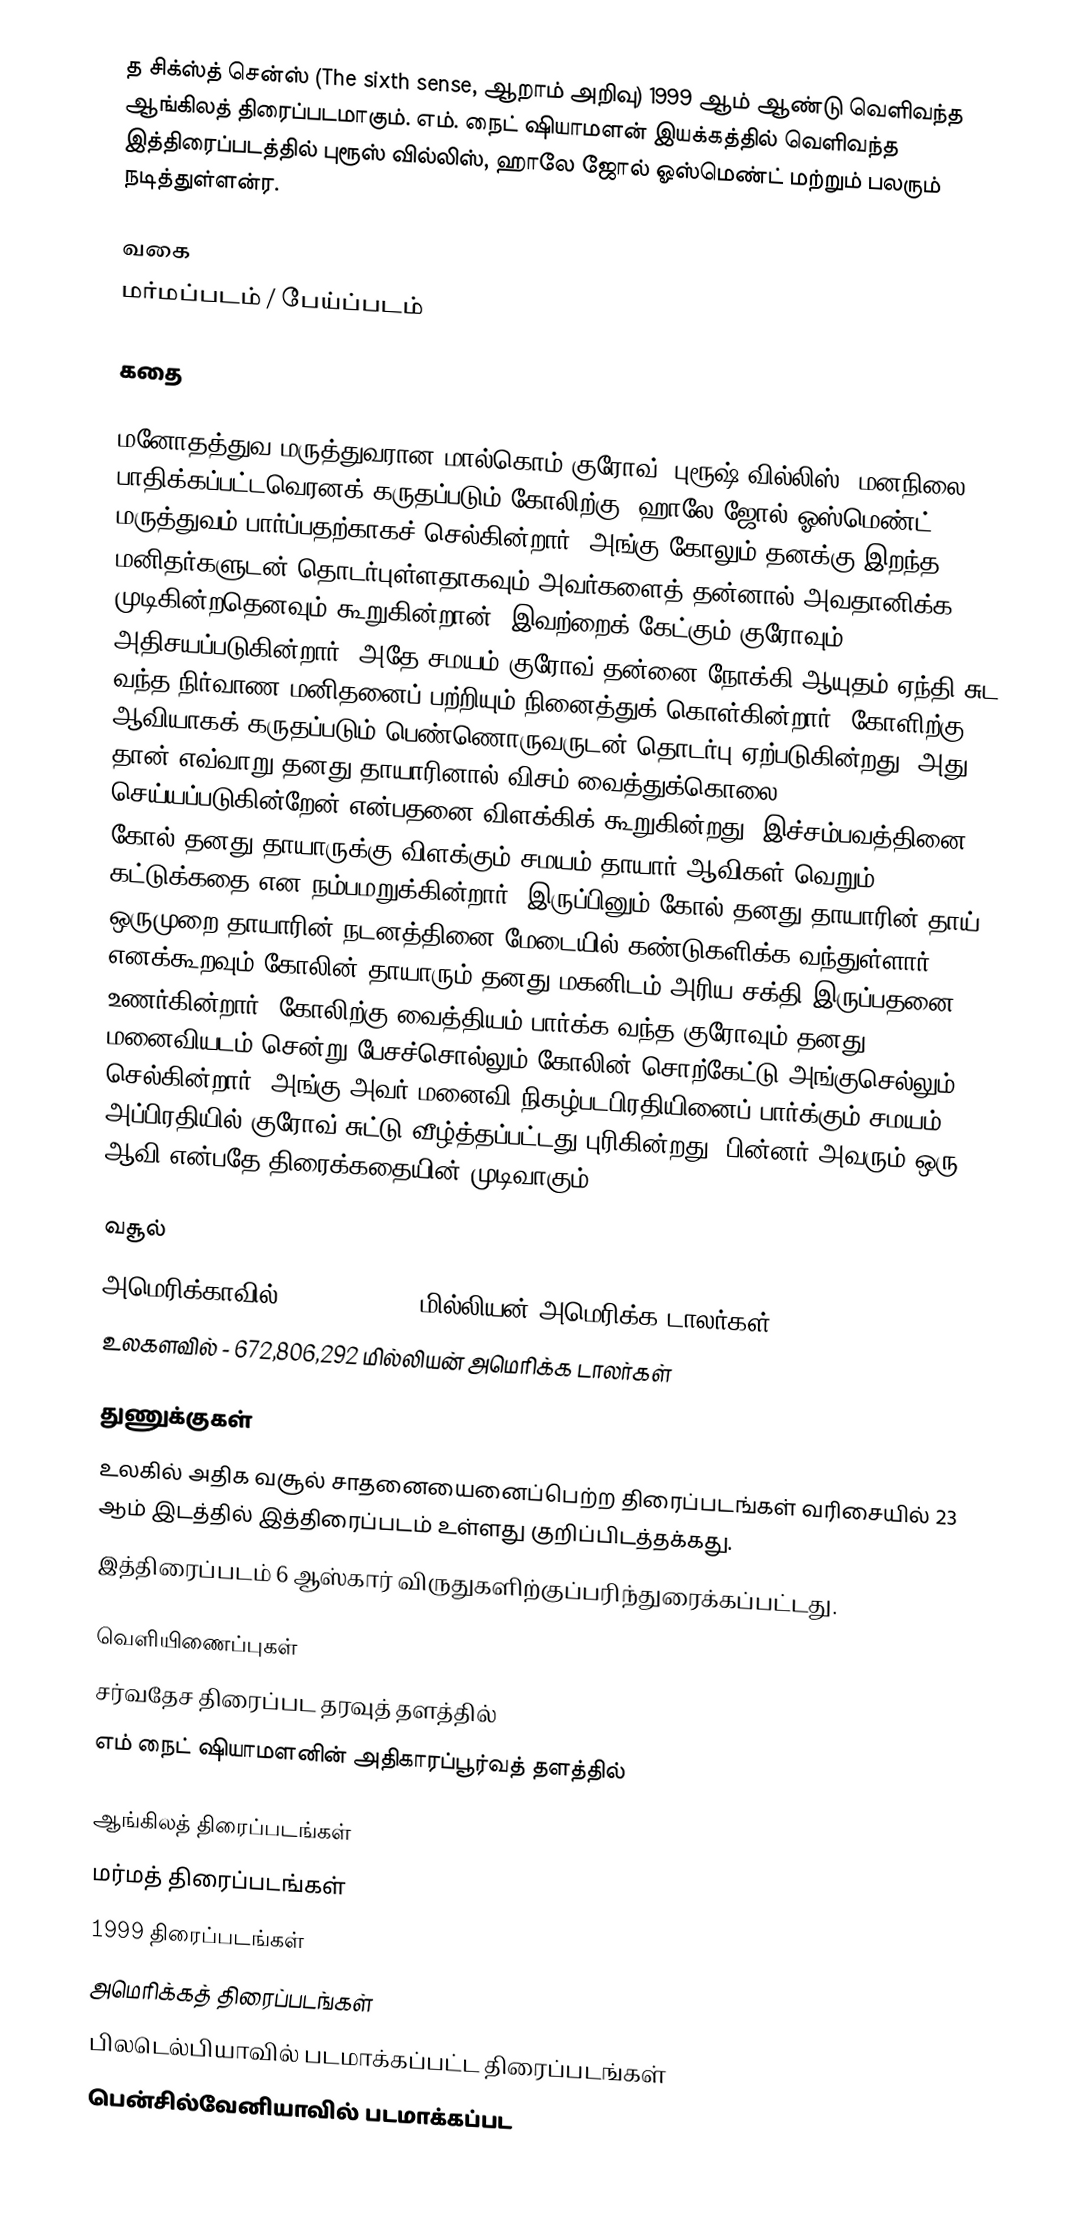
த சிக்ஸ்த் சென்ஸ் (The sixth sense, ஆறாம் அறிவு) 1999 ஆம் ஆண்டு வெளிவந்த ஆங்கிலத் திரைப்படமாகும். எம். நைட் ஷியாமளன் இயக்கத்தில் வெளிவந்த இத்திரைப்படத்தில் புரூஸ் வில்லிஸ், ஹாலே ஜோல் ஓஸ்மெண்ட் மற்றும் பலரும் நடித்துள்ளன்ர.

வகை
மர்மப்படம் / பேய்ப்படம்

கதை

மனோதத்துவ மருத்துவரான மால்கொம் குரோவ் (புரூஷ் வில்லிஸ்) மனநிலை பாதிக்கப்பட்டவெரனக் கருதப்படும் கோலிற்கு (ஹாலே ஜோல் ஓஸ்மெண்ட்) மருத்துவம் பார்ப்பதற்காகச் செல்கின்றார். அங்கு கோலும் தனக்கு இறந்த மனிதர்களுடன் தொடர்புள்ளதாகவும் அவர்களைத் தன்னால் அவதானிக்க முடிகின்றதெனவும் கூறுகின்றான். இவற்றைக் கேட்கும் குரோவும் அதிசயப்படுகின்றார். அதே சமயம் குரோவ் தன்னை நோக்கி ஆயுதம் ஏந்தி சுட வந்த நிர்வாண மனிதனைப் பற்றியும் நினைத்துக் கொள்கின்றார். கோளிற்கு ஆவியாகக் கருதப்படும் பெண்ணொருவருடன் தொடர்பு ஏற்படுகின்றது, அது தான் எவ்வாறு தனது தாயாரினால் விசம் வைத்துக்கொலை செய்யப்படுகின்றேன் என்பதனை விளக்கிக் கூறுகின்றது. இச்சம்பவத்தினை கோல் தனது தாயாருக்கு விளக்கும் சமயம் தாயார் ஆவிகள் வெறும் கட்டுக்கதை என நம்பமறுக்கின்றார். இருப்பினும் கோல் தனது தாயாரின் தாய் ஒருமுறை தாயாரின் நடனத்தினை மேடையில் கண்டுகளிக்க வந்துள்ளார் எனக்கூறவும் கோலின் தாயாரும் தனது மகனிடம் அரிய சக்தி இருப்பதனை உணர்கின்றார். கோலிற்கு வைத்தியம் பார்க்க வந்த குரோவும் தனது மனைவியடம் சென்று பேசச்சொல்லும் கோலின் சொற்கேட்டு அங்குசெல்லும் செல்கின்றார். அங்கு அவர் மனைவி நிகழ்படபிரதியினைப் பார்க்கும் சமயம் அப்பிரதியில் குரோவ் சுட்டு வீழ்த்தப்பட்டது புரிகின்றது. பின்னர் அவரும் ஒரு ஆவி என்பதே திரைக்கதையின் முடிவாகும்.

வசூல்
 அமெரிக்காவில் - 293,501,675 மில்லியன் அமெரிக்க டாலர்கள்
 உலகளவில் - 672,806,292 மில்லியன் அமெரிக்க டாலர்கள்

துணுக்குகள்
 உலகில் அதிக வசூல் சாதனையைனைப்பெற்ற திரைப்படங்கள் வரிசையில் 23 ஆம் இடத்தில் இத்திரைப்படம் உள்ளது குறிப்பிடத்தக்கது.
 இத்திரைப்படம் 6 ஆஸ்கார் விருதுகளிற்குப்பரிந்துரைக்கப்பட்டது.

வெளியிணைப்புகள்
 சர்வதேச திரைப்பட தரவுத் தளத்தில்
 எம் நைட் ஷியாமளனின் அதிகாரப்பூர்வத் தளத்தில்

ஆங்கிலத் திரைப்படங்கள்
மர்மத் திரைப்படங்கள்
1999 திரைப்படங்கள்
அமெரிக்கத் திரைப்படங்கள்
பிலடெல்பியாவில் படமாக்கப்பட்ட திரைப்படங்கள்
பென்சில்வேனியாவில் படமாக்கப்பட